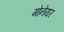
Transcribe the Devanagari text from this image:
मोनेयर